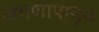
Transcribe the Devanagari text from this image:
अंगणापासून